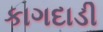
કાગદાડી